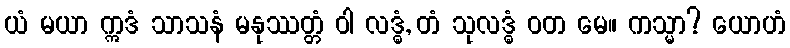
ယံ မယာ ဣဒံ သာသနံ မနုဿတ္တံ ဝါ လဒ္ဓံ, တံ သုလဒ္ဓံ ဝတ မေ။ ကသ္မာ? ယောဟံ